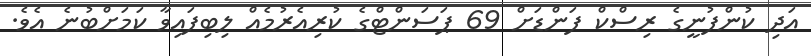
އަދި ކުންފުނީގެ ރިސްކް ފަންޑަށް 69 ޕަސަންޓްގެ ކުރިއެރުމެއް ލިބިފައިވާ ކަމަށްބުނެ އެވެ.